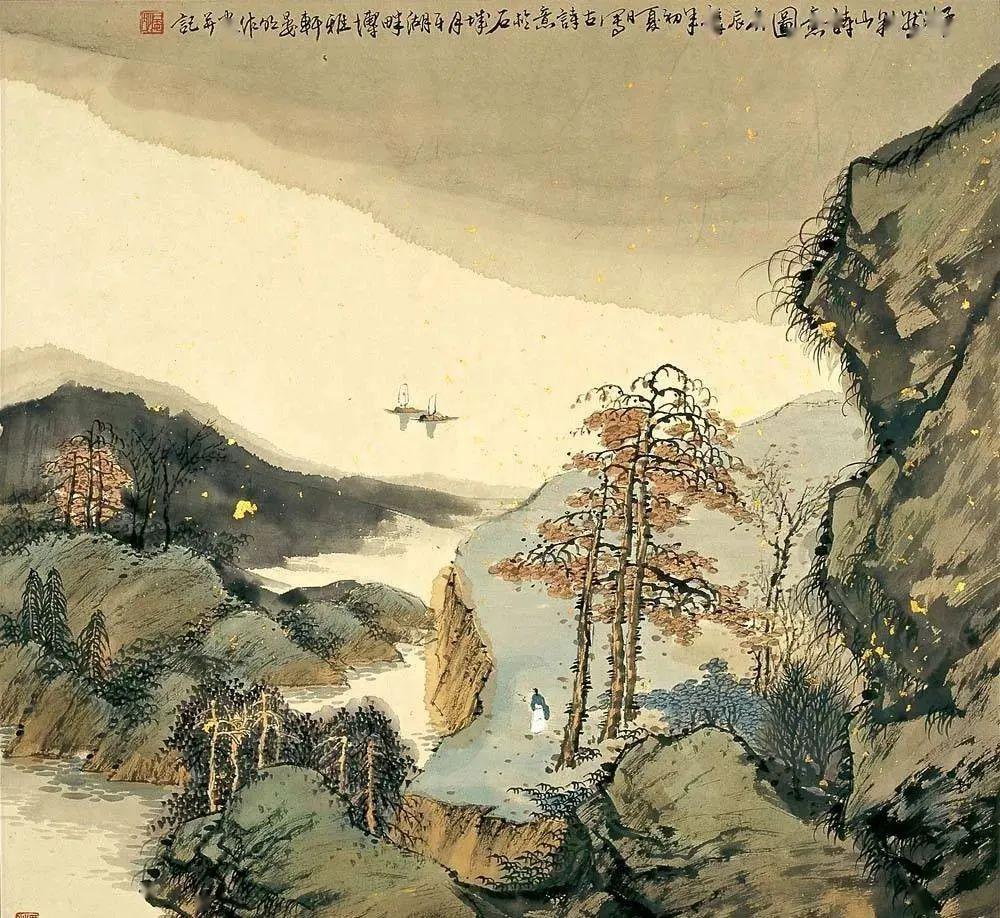
书剑时将晚，丘园日已暮。